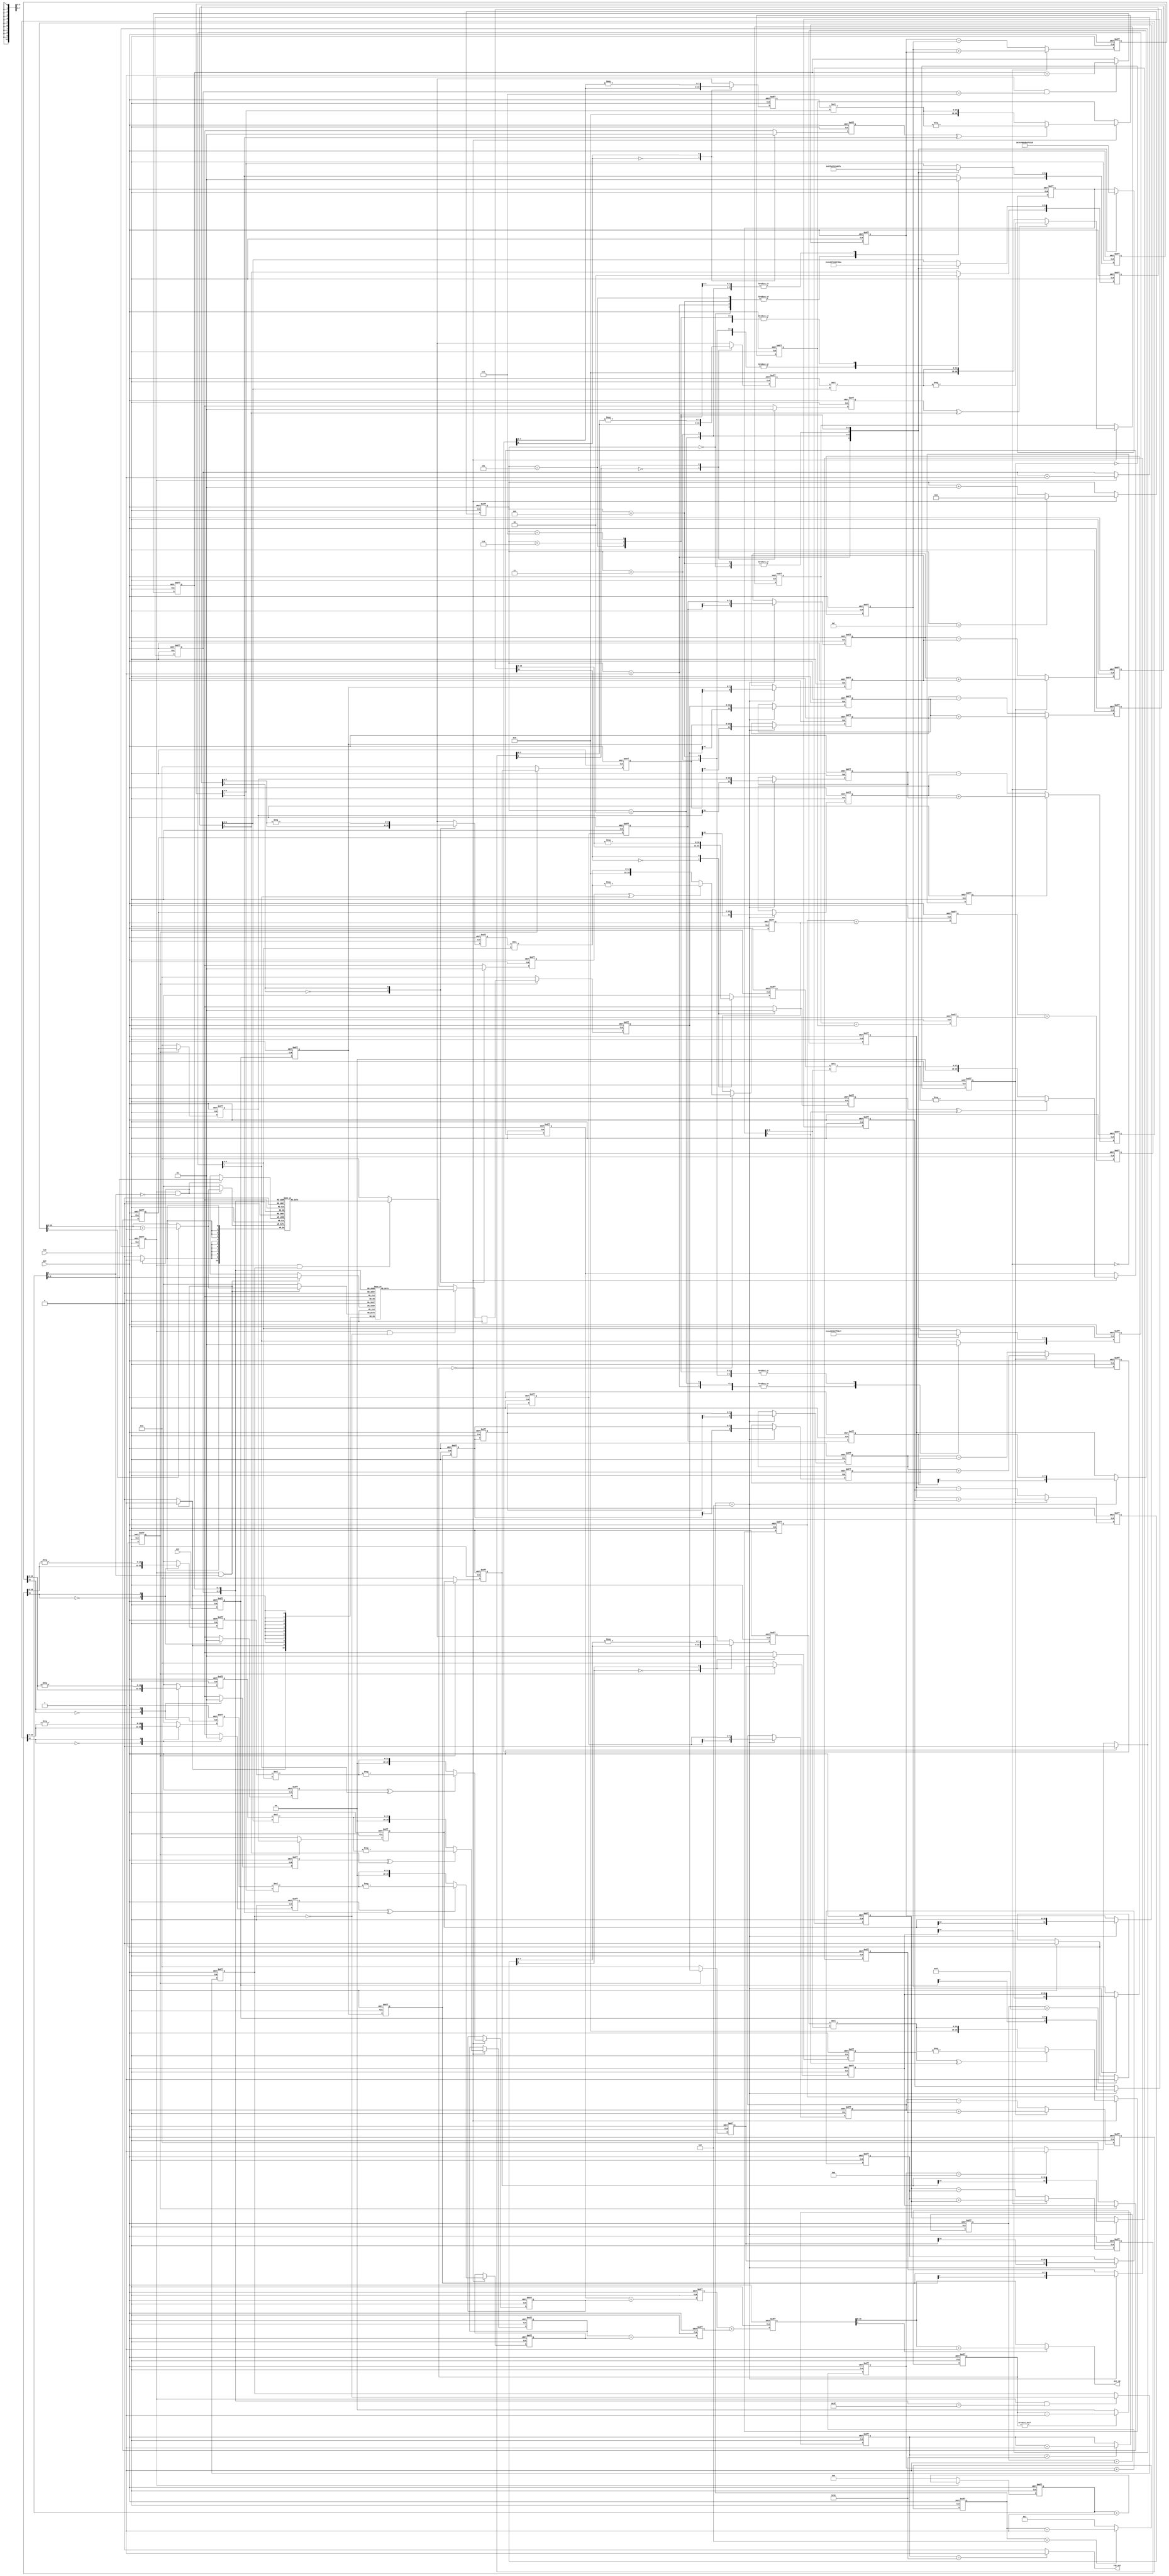

`timescale 1ns/1ps 
 
module dct ( CLK, RST, xin,dct_2d,rdy_out); 
output [11:0] dct_2d; 
input CLK, RST; 
input[7:0] xin; /* input */ 
output rdy_out; 
wire[11:0] dct_2d; 
 
/* constants */ 
 
reg[7:0] memory1a, memory2a, memory3a, memory4a; 
 
/* 1D section */ 
/* The max value of a pixel after processing (to make their expected mean to zero) 
is 127. If all the values in a row are 127, the max value of the product terms 
would be (127*8)*(23170/256) and that of z_out_int would be (127*8)*23170/65536. 
This value divided by 2raised to 16 is equivalent to ignoring the 16 lsb bits of the value */ 
 
reg[7:0] xa0_in, xa1_in, xa2_in, xa3_in, xa4_in, xa5_in, xa6_in, xa7_in; 
reg[8:0] xa0_reg, xa1_reg, xa2_reg, xa3_reg, xa4_reg, xa5_reg, xa6_reg, xa7_reg; 
reg[7:0] addsub1a_comp,addsub2a_comp,addsub3a_comp,addsub4a_comp; 
reg[9:0] add_sub1a,add_sub2a,add_sub3a,add_sub4a; 
reg save_sign1a, save_sign2a, save_sign3a, save_sign4a; 
reg[18:0] p1a,p2a,p3a,p4a; 
wire[35:0] p1a_all,p2a_all,p3a_all,p4a_all; 
reg[1:0] i_wait; 
reg toggleA; 
reg[18:0] z_out_int1,z_out_int2; 
reg[18:0] z_out_int; 
wire[10:0] z_out_rnd; 
wire[10:0] z_out; 
integer indexi; 
 
/* clks and counters */ 
reg[3:0] cntr12 ; 
reg[3:0] cntr8; 
reg[6:0] cntr79; 
reg[6:0] wr_cntr,rd_cntr; 
reg[6:0] cntr92; 
 
/* memory section */ 
reg[10:0] data_out; 
wire en_ram1,en_dct2d; 
reg en_ram1reg,en_dct2d_reg; 
reg[10:0] ram1_mem[63:0],ram2_mem[63:0]; // add the following to infer block RAM in synlpicity 
                                         //    synthesis syn_ramstyle = "block_ram"  //shd be within /*..*/ 
 
/* 2D section */ 
wire[10:0] data_out_final; 
reg[10:0] xb0_in, xb1_in, xb2_in, xb3_in, xb4_in, xb5_in, xb6_in, xb7_in; 
reg[11:0] xb0_reg, xb1_reg, xb2_reg, xb3_reg, xb4_reg, xb5_reg, xb6_reg, xb7_reg; 
reg[11:0] add_sub1b,add_sub2b,add_sub3b,add_sub4b; 
reg[10:0] addsub1b_comp,addsub2b_comp,addsub3b_comp,addsub4b_comp; 
reg save_sign1b, save_sign2b, save_sign3b, save_sign4b; 
reg[19:0] p1b,p2b,p3b,p4b; 
wire[35:0] p1b_all,p2b_all,p3b_all,p4b_all; 
reg toggleB; 
reg[19:0] dct2d_int1,dct2d_int2; 
reg[19:0] dct_2d_int; 
wire[11:0] dct_2d_rnd; 
 
 
/*  1D-DCT BEGIN */ 
 
// store  1D-DCT constant coeeficient values for multipliers */ 
 
always @ (posedge RST or posedge CLK) 
   begin 
   if (RST) 
       begin 
       memory1a <= 8'd0; memory2a <= 8'd0; memory3a <= 8'd0; memory4a <= 8'd0; 
       end 
   else 
       begin 
	     case (indexi) 
         0 : begin memory1a <= 8'd91;  
                   memory2a <= 8'd91;  
                   memory3a <= 8'd91;  
                   memory4a <= 8'd91;end 
         1 : begin memory1a <= 8'd126;  
                   memory2a <= 8'd106;   
                   memory3a <= 8'd71;   
                   memory4a <= 8'd25;end 
         2 : begin memory1a <= 8'd118;  
                   memory2a <= 8'd49;   
                   memory3a[7] <= 1'b1; memory3a[6:0] <= 7'd49;//-8'd49;  
                   memory4a[7] <= 1'b1; memory4a[6:0] <= 7'd118;// end -8'd118;end 
                   end 
         3 : begin memory1a <= 8'd106;  
                   memory2a[7] <= 1'b1; memory2a[6:0] <= 7'd25;//-8'd25;   
                   memory3a[7] <= 1'b1; memory3a[6:0] <= 7'd126;//-8'd126;  
                   memory4a[7] <= 1'b1; memory4a[6:0] <= 7'd71;end//-8'd71;end 
         4 : begin memory1a <= 8'd91;  
                   memory2a[7] <= 1'b1; memory2a[6:0] <= 7'd91;//-8'd91;  
                   memory3a[7] <= 1'b1; memory3a[6:0] <= 7'd91;//-8'd91;  
                   memory4a <= 8'd91;end 
         5 : begin memory1a <= 8'd71;  
                   memory2a[7] <= 1'b1; memory2a[6:0] <= 7'd126;//-8'd126;  
                   memory3a <= 8'd25;    
                   memory4a <= 8'd106;end 
         6 : begin memory1a <= 8'd49;  
                   memory2a[7] <= 1'b1; memory2a[6:0] <= 7'd118;//-8'd118;  
                   memory3a <= 8'd118;   
                   memory4a[7] <= 1'b1; memory4a[6:0] <= 7'd49;end//-8'd49;end 
         7 : begin memory1a <= 8'd25;   
                   memory2a[7] <= 1'b1; memory2a[6:0] <= 7'd71;//-8'd71;  
                   memory3a <= 8'd106;   
                   memory4a[7] <= 1'b1; memory4a[6:0] <= 7'd126;end//-8'd126;end 
       endcase 
      end 
end 
 
 
/* 8-bit input shifted 8 times thru a shift register*/ 
always @ (posedge CLK or posedge RST) 
   begin 
   if (RST) 
       begin 
       xa0_in <= 8'b0; xa1_in <= 8'b0; xa2_in <= 8'b0; xa3_in <= 8'b0; 
       xa4_in <= 8'b0; xa5_in <= 8'b0; xa6_in <= 8'b0; xa7_in <= 8'b0; 
       end 
   else 
       begin 
       xa0_in <= xin; xa1_in <= xa0_in; xa2_in <= xa1_in; xa3_in <= xa2_in; 
       xa4_in <= xa3_in; xa5_in <= xa4_in; xa6_in <= xa5_in; xa7_in <= xa6_in; 
       end 
   end 
 
/* shifted inputs registered every 8th clk (using cntr8)*/ 
 
always @ (posedge CLK or posedge RST) 
   begin 
   if (RST) 
       begin 
       cntr8 <= 4'b0; 
       end 
   else if (cntr8 < 4'b1000) 
       begin 
       cntr8 <= cntr8 + 1; 
       end 
   else  
       begin 
       cntr8 <= 4'b0001; 
       end 
   end 
 
always @ (posedge CLK or posedge RST) 
   begin 
   if (RST) 
       begin 
       xa0_reg <= 9'b0; xa1_reg <= 9'b0; xa2_reg <= 9'b0; xa3_reg <= 9'b0; 
       xa4_reg <= 9'b0; xa5_reg <= 9'b0; xa6_reg <= 9'b0; xa7_reg <= 9'b0; 
       end 
   else if (cntr8 == 4'b1000) 
       begin  
       xa0_reg <= {xa0_in[7],xa0_in}; xa1_reg <= {xa1_in[7],xa1_in};  
       xa2_reg <= {xa2_in[7],xa2_in}; xa3_reg <= {xa3_in[7],xa3_in}; 
       xa4_reg <= {xa4_in[7],xa4_in}; xa5_reg <= {xa5_in[7],xa5_in};  
       xa6_reg <= {xa6_in[7],xa6_in}; xa7_reg <= {xa7_in[7],xa7_in}; 
       end 
   else  
       begin 
       end 
   end 
 
always @ (posedge CLK or posedge RST) 
   begin 
   if (RST) 
       begin 
       toggleA <= 1'b0; 
       end 
   else  
       begin  
       toggleA <= ~toggleA; 
       end 
   end 
 
 
/* adder / subtractor block */ 
 
always @ (posedge CLK or posedge RST) 
   begin 
   if (RST) 
       begin 
       add_sub1a <= 10'b0; add_sub2a <= 10'b0; add_sub3a <= 10'b0; add_sub4a <= 10'b0; 
       end 
   else 
       begin 
       if (toggleA == 1'b1) 
	         begin 
           add_sub1a <= (xa7_reg + xa0_reg);  
           add_sub2a <= (xa6_reg + xa1_reg); 
           add_sub3a <= (xa5_reg + xa2_reg);  
           add_sub4a <= (xa4_reg + xa3_reg); 
           end 
       else if (toggleA == 1'b0) 
	         begin 
	         add_sub1a <= (xa7_reg - xa0_reg);  
           add_sub2a <= (xa6_reg - xa1_reg); 
           add_sub3a <= (xa5_reg - xa2_reg);  
           add_sub4a <= (xa4_reg - xa3_reg); 
	         end 
       end 
   end 
 
/* The above if else statement used to get the add_sub signals can also be implemented  
using the adsu16 library element as follows */ 
 
//ADSU8 adsu8_1 (.A(xa0_reg), .B(xa7_reg), .ADD(toggleA), .CI(1'b0), .S(add_sub1a_all), .OFL(add_sub1a_ofl), .CO(open)); 
//ADSU8 adsu8_2 (.A(xa1_reg), .B(xa6_reg), .ADD(toggleA), .CI(1'b0), .S(add_sub2a_all), .OFL(add_sub1a_ofl), .CO(open)); 
//ADSU8 adsu8_3 (.A(xa2_reg), .B(xa5_reg), .ADD(toggleA), .CI(1'b0), .S(add_sub3a_all), .OFL(add_sub1a_ofl), .CO(open)); 
//ADSU8 adsu8_4 (.A(xa3_reg), .B(xa4_reg), .ADD(toggleA), .CI(1'b0), .S(add_sub4a_all), .OFL(add_sub1a_ofl), .CO(open)); 
/* In addition, Coregen can be used to create adder/subtractor units specific to a particular 
device. The coregen model is then instantiated in the design file. The verilog file from  
coregen can be used along with the design files for simulation and implementation. */ 
 
//add_sub adsu8_1 (.A(xa0_reg), .B(xa7_reg), .ADD(toggleA), .CLK(CLK), .Q(add_sub1a)); 
//add_sub adsu8_2 (.A(xa1_reg), .B(xa6_reg), .ADD(toggleA), .CLK(CLK), .Q(add_sub2a)); 
//add_sub adsu8_3 (.A(xa2_reg), .B(xa5_reg), .ADD(toggleA), .CLK(CLK), .Q(add_sub3a)); 
//add_sub adsu8_4 (.A(xa3_reg), .B(xa4_reg), .ADD(toggleA), .CLK(CLK), .Q(add_sub4a)); 
 
/* multiply the outputs of the add/sub block with the 8 sets of stored coefficients */ 
/* The inputs are shifted thru 8 registers in 8 clk cycles. The ouput of the shift 
registers are registered at the 9th clk. The values are then added or subtracted at the 10th 
clk. The first mutiplier output is obtained at the 11th clk. Memoryx[0] shd be accessed 
at the 11th clk*/ 
 
/*wait state counter */ 
 
always @ (posedge RST or posedge CLK) 
   begin 
   if (RST) 
       begin 
       i_wait <= 2'b01; 
       end 
   else  if (i_wait != 2'b00) 
      begin 
      i_wait  <= i_wait - 1; 
      end 
   else 
      begin 
      i_wait  <= 2'b00; 
      end 
   end 
 
// First valid add_sub appears at the 10th clk (8 clks for shifting inputs, 
// 9th clk for registering shifted input and 10th clk for add_sub 
// to synchronize the i value to the add_sub value, i value is incremented 
// only after 10 clks using i_wait 
/* sign and magnitude separated here. magnitude of 9 bits is stored in *comp */ 
 
always @ (posedge RST or posedge CLK) 
begin 
    if (RST) 
       begin   
         addsub1a_comp <= 9'b0; save_sign1a <= 1'b0; 
       end 
    else  
       begin 
       case (add_sub1a[9]) 
       1'b0: begin  
              addsub1a_comp <= add_sub1a; save_sign1a <= 1'b0;  
              end 
       1'b1: begin  
              addsub1a_comp <= (-add_sub1a) ; save_sign1a <= 1'b1;  
              end  
       endcase 
       end 
end 
 
always @ (posedge RST or posedge CLK) 
begin 
    if (RST) 
       begin   
         addsub2a_comp <= 9'b0; save_sign2a <= 1'b0; 
       end 
    else  
       begin 
       case (add_sub2a[9]) 
       1'b0: begin  
              addsub2a_comp <= add_sub2a; save_sign2a <= 1'b0; 
              end 
       1'b1: begin  
              addsub2a_comp <= (-add_sub2a) ; save_sign2a <= 1'b1;  
              end  
       endcase 
       end 
end 
 
always @ (posedge RST or posedge CLK) 
begin 
    if (RST) 
       begin   
         addsub3a_comp <= 9'b0; save_sign3a <= 1'b0;  
       end 
    else  
       begin 
       case (add_sub3a[9]) 
       1'b0: begin  
              addsub3a_comp <= add_sub3a; save_sign3a <= 1'b0;  
              end 
       1'b1: begin  
              addsub3a_comp <= (-add_sub3a); save_sign3a <= 1'b1;  
              end  
       endcase 
       end 
end 
 
always @ (posedge RST or posedge CLK) 
begin 
    if (RST) 
       begin   
         addsub4a_comp <= 9'b0; save_sign4a <= 1'b0;  
       end 
    else  
       begin 
       case (add_sub4a[9]) 
       1'b0: begin  
              addsub4a_comp <= add_sub4a; save_sign4a <= 1'b0;  
              end 
       1'b1: begin  
              addsub4a_comp <= (-add_sub4a); save_sign4a <= 1'b1;  
              end  
       endcase 
       end 
end 
 
     assign p1a_all = addsub1a_comp * memory1a[6:0];/* 9 bits * 7 bits = 16 bits*/ 
     assign p2a_all = addsub2a_comp * memory2a[6:0]; 
     assign p3a_all = addsub3a_comp * memory3a[6:0]; 
     assign p4a_all = addsub4a_comp * memory4a[6:0]; 
 
/* The following instantiation can be used while targetting Virtex2 */ 
//MULT18X18 mult1a (.A({9'b0,addsub1a_comp}), .B({11'b0,memory1a[6:0]}), .P(p1a_all)); 
//MULT18X18 mult2a (.A({9'b0,addsub2a_comp}), .B({11'b0,memory2a[6:0]}), .P(p2a_all)); 
//MULT18X18 mult3a (.A({9'b0,addsub3a_comp}), .B({11'b0,memory3a[6:0]}), .P(p3a_all)); 
//MULT18X18 mult4a (.A({9'b0,addsub4a_comp}), .B({11'b0,memory4a[6:0]}), .P(p4a_all)); 
 
always @ (posedge RST or posedge CLK) 
  begin 
    if (RST) 
      begin 
        p1a <= 18'b0; p2a <= 18'b0; p3a <= 18'b0; p4a <= 18'b0; indexi<= 7; 
      end /* p*a is extended to one more bit to take into acoount the sign */ 
    else if (i_wait == 2'b00) 
      begin 
    
         
        p1a <= (save_sign1a ^ memory1a[7]) ? (-p1a_all[15:0]) :(p1a_all[15:0]); 
        p2a <= (save_sign2a ^ memory2a[7]) ? (-p2a_all[15:0]) :(p2a_all[15:0]); 
        p3a <= (save_sign3a ^ memory3a[7]) ? (-p3a_all[15:0]) :(p3a_all[15:0]); 
        p4a <= (save_sign4a ^ memory4a[7]) ? (-p4a_all[15:0]) :(p4a_all[15:0]); 
         
 
        if (indexi == 7) 
          indexi <= 0; 
        else 
          indexi <= indexi + 1; 
        end 
  end 
 
 
/*always @ (posedge RST or posedge CLK) 
  begin 
    if (RST) 
      begin 
        p1a <= 19'b0; p2a <= 19'b0; p3a <= 19'b0; p4a <= 19'b0; indexi<= 7; 
      end 
    else if (i_wait == 2'b00) 
      begin 
        p1a <= (save_sign1a ^ memory1a[7]) ? (-addsub1a_comp * memory1a[6:0]) :(addsub1a_comp * memory1a[6:0]); 
        p2a <= (save_sign2a ^ memory2a[7]) ? (-addsub2a_comp * memory2a[6:0]) :(addsub2a_comp * memory2a[6:0]); 
        p3a <= (save_sign3a ^ memory3a[7]) ? (-addsub3a_comp * memory3a[6:0]) :(addsub3a_comp * memory3a[6:0]); 
        p4a <= (save_sign4a ^ memory4a[7]) ? (-addsub4a_comp * memory4a[6:0]) :(addsub4a_comp * memory4a[6:0]); 
        if (indexi == 7) 
          indexi <= 0; 
        else 
          indexi <= indexi + 1; 
      end 
  end*/ 
 
/* Final adder. Adding the ouputs of the 4 multipliers */ 
 
always @ (posedge CLK or posedge RST) 
   begin 
   if (RST) 
       begin 
       z_out_int1 <= 19'b0; z_out_int2 <= 19'b0; z_out_int <= 19'b0; 
       end 
   else 
       begin 
       z_out_int1 <= (p1a + p2a); 
       z_out_int2 <= (p3a + p4a); 
       z_out_int <= (z_out_int1 + z_out_int2); 
       end 
   end 
 
// rounding of the value 
 
assign z_out_rnd = z_out_int[7] ? (z_out_int[18:8] + 1'b1) : z_out_int[18:8]; 
 
/* 1 sign bit, 11 data bit */ 
assign z_out = z_out_rnd; 
 
/* 1D-DCT END */ 
 
/* tranpose memory to store intermediate Z coeeficients */ 
/* store the 64 coeeficients in the first 64 locations of the RAM */ 
/* first valid adder output is at the 15th clk. (input reg + 8 bit SR + add_sub + comp. Signal + reg prod  
+ 2 partial prod adds) So the RAM is enabled at the 15th clk)*/ 
 
always @ (posedge CLK or posedge RST) 
   begin 
   if (RST) 
       begin 
       cntr12 <= 4'b0; 
       end 
   else 
       begin 
       cntr12 <= cntr12 + 1; 
       end 
   end 
 
/* enable RAM at the 14th clk after RST goes inactive */ 
 
assign en_ram1 = RST ? 1'b0 : (cntr12== 4'b1101) ? 1'b1 : en_ram1; 
 
always @ (posedge CLK or posedge RST) 
   begin 
   if (RST) 
       begin 
	   en_ram1reg <= 1'b0; 
       end 
   else 
       begin 
       en_ram1reg <= en_ram1 ; 
       end 
   end 
 
/* After the RAM is enabled, data is written into the RAM1 for 64 clk cycles. Data is written in into 
each consecutive location . After 64 locations are written into, RAM1 goes into read mode and RAM2 goes into 
write mode. The cycle then repeats. 
For either RAM, data is written into each consecutive location. However , data is read in a different order. If data 
is assumed to be written in each row at a time, in an 8x8 matrix, data is read each column at a time. ie., after 
the first data is read out, every eight data is read out . Then the 2nd data is read out followed be every 8th. 
 
the write is as follows: 
1w(ram_locn1) 2w(ram_locn2) 3w(ram_locn3) 4w(ram_locn4) 5w(ram_locn5) 6w(ram_locn6) 7w(ram_locn7) 8w(ram_locn8) 
9w(ram_locn9) 10w(ram_locn10) 11w(ram_locn11) 12w(ram_locn12) 13w(ram_locn13) 14w(ram_locn14) 15w(ram_locn15) 16w(ram_locn16) 
.................. 
57w(ram_locn57) 58w(ram_locn58) 59w(ram_locn59) 60w(ram_locn60) 61w(ram_locn61) 62w(ram_locn62) 63w(ram_locn63) 64w(ram_locn64) 
 
the read is as follows: 
1r(ram_locn1)  9r(ram_locn2) . . . 57r(ram_locn8) 
2r(ram_locn9) 10r(ram_locn10) . . . 58r(ram_locn16)  
3r(ram_locn17) 11r(ram_locn18) . . . 59r(ram_locn24) 
4r(ram_locn25) 12r(ram_locn26) . . . 60r(ram_locn32) 
5r(ram_locn33) 13r(ram_locn34) . . . 61r(ram_locn40) 
6r(ram_locn41) 14r(ram_locn42) . . . 62r(ram_locn48) 
7r(ram_locn49) 15r(ram_locn50) . . . 63r(ram_locn56) 
8r(ram_locn57) 16r(ram_locn58) . . . 64r(ram_locn64) 
 
where "xw" is the xth write and "ram_locnx" is the xth ram location and "xr" is the xth read. Reading  
is advanced by the read counter rd_cntr, nd writing by the write counter wr_cntr. */ 
 
 
always @ (posedge CLK or posedge RST) 
   begin 
   if (RST) 
       begin 
	   rd_cntr[5:3] <= 3'b111; 
       end 
   else 
       begin  
	   if (en_ram1reg == 1'b1) 
	       rd_cntr[5:3] <= rd_cntr[5:3] + 1; 
	   end 
   end 
 
always @ (posedge CLK or posedge RST) 
   begin 
   if (RST) 
       begin 
	   rd_cntr[2:0] <= 3'b111; 
       end 
   else 
       begin  
	   if (en_ram1reg == 1'b1 && rd_cntr[5:3] == 3'b111) 
	       rd_cntr[2:0] <= rd_cntr[2:0] + 1; 
       end 
   end 
 
always @ (posedge CLK or posedge RST) 
   begin 
   if (RST) 
       begin 
	   rd_cntr[6] <= 1'b1; 
       end 
   else 
       begin  
       if (en_ram1reg == 1'b1 && rd_cntr[5:0] == 6'b111111) 
          rd_cntr[6] <= ~rd_cntr[6]; 
       end 
   end 
 
 
always @ (posedge CLK or posedge RST) 
   begin 
   if (RST) 
       begin 
       wr_cntr <= 7'b1111111; 
       end 
   else begin 
       if (en_ram1reg == 1'b1) 
          wr_cntr <= wr_cntr + 1; 
	   else  
	      wr_cntr <= 7'b0; 
       end 
   end 
 
 
initial 
begin 
ram2_mem[0] <= 16'b0; ram2_mem[1] <= 16'b0; ram2_mem[2] <= 16'b0; ram2_mem[3] <= 16'b0; ram2_mem[4] <= 16'b0; 
ram2_mem[5] <= 16'b0; ram2_mem[6] <= 16'b0; ram2_mem[7] <= 16'b0; ram2_mem[8] <= 16'b0; ram2_mem[9] <= 16'b0; 
ram2_mem[10] <= 16'b0; ram2_mem[11] <= 16'b0; ram2_mem[12] <= 16'b0; ram2_mem[13] <= 16'b0; ram2_mem[14] <= 16'b0; 
ram2_mem[15] <= 16'b0; ram2_mem[16] <= 16'b0; ram2_mem[17] <= 16'b0; ram2_mem[18] <= 16'b0; ram2_mem[19] <= 16'b0; 
ram2_mem[20] <= 16'b0; ram2_mem[21] <= 16'b0; ram2_mem[22] <= 16'b0; ram2_mem[23] <= 16'b0; ram2_mem[24] <= 16'b0; 
ram2_mem[25] <= 16'b0; ram2_mem[26] <= 16'b0; ram2_mem[27] <= 16'b0; ram2_mem[28] <= 16'b0; ram2_mem[29] <= 16'b0; 
ram2_mem[30] <= 16'b0; ram2_mem[31] <= 16'b0; ram2_mem[32] <= 16'b0; ram2_mem[33] <= 16'b0; ram2_mem[34] <= 16'b0; 
ram2_mem[35] <= 16'b0; ram2_mem[36] <= 16'b0; ram2_mem[37] <= 16'b0; ram2_mem[38] <= 16'b0; ram2_mem[39] <= 16'b0; 
ram2_mem[40] <= 16'b0; ram2_mem[41] <= 16'b0; ram2_mem[42] <= 16'b0; ram2_mem[43] <= 16'b0; ram2_mem[44] <= 16'b0; 
ram2_mem[45] <= 16'b0; ram2_mem[46] <= 16'b0; ram2_mem[47] <= 16'b0; ram2_mem[48] <= 16'b0; ram2_mem[49] <= 16'b0; 
ram2_mem[50] <= 16'b0; ram2_mem[51] <= 16'b0; ram2_mem[52] <= 16'b0; ram2_mem[53] <= 16'b0; ram2_mem[54] <= 16'b0; 
ram2_mem[55] <= 16'b0; ram2_mem[56] <= 16'b0; ram2_mem[57] <= 16'b0; ram2_mem[58] <= 16'b0; ram2_mem[59] <= 16'b0; 
ram2_mem[60] <= 16'b0; ram2_mem[61] <= 16'b0; ram2_mem[62] <= 16'b0; ram2_mem[63] <= 16'b0; 
  
ram1_mem[0] <= 16'b0; ram1_mem[1] <= 16'b0; ram1_mem[2] <= 16'b0; ram1_mem[3] <= 16'b0; ram1_mem[4] <= 16'b0; 
ram1_mem[5] <= 16'b0; ram1_mem[6] <= 16'b0; ram1_mem[7] <= 16'b0; ram1_mem[8] <= 16'b0; ram1_mem[9] <= 16'b0; 
ram1_mem[10] <= 16'b0; ram1_mem[11] <= 16'b0; ram1_mem[12] <= 16'b0; ram1_mem[13] <= 16'b0; ram1_mem[14] <= 16'b0; 
ram1_mem[15] <= 16'b0; ram1_mem[16] <= 16'b0; ram1_mem[17] <= 16'b0; ram1_mem[18] <= 16'b0; ram1_mem[19] <= 16'b0; 
ram1_mem[20] <= 16'b0; ram1_mem[21] <= 16'b0; ram1_mem[22] <= 16'b0; ram1_mem[23] <= 16'b0; ram1_mem[24] <= 16'b0; 
ram1_mem[25] <= 16'b0; ram1_mem[26] <= 16'b0; ram1_mem[27] <= 16'b0; ram1_mem[28] <= 16'b0; ram1_mem[29] <= 16'b0; 
ram1_mem[30] <= 16'b0; ram1_mem[31] <= 16'b0; ram1_mem[32] <= 16'b0; ram1_mem[33] <= 16'b0; ram1_mem[34] <= 16'b0; 
ram1_mem[35] <= 16'b0; ram1_mem[36] <= 16'b0; ram1_mem[37] <= 16'b0; ram1_mem[38] <= 16'b0; ram1_mem[39] <= 16'b0; 
ram1_mem[40] <= 16'b0; ram1_mem[41] <= 16'b0; ram1_mem[42] <= 16'b0; ram1_mem[43] <= 16'b0; ram1_mem[44] <= 16'b0; 
ram1_mem[45] <= 16'b0; ram1_mem[46] <= 16'b0; ram1_mem[47] <= 16'b0; ram1_mem[48] <= 16'b0; ram1_mem[49] <= 16'b0; 
ram1_mem[50] <= 16'b0; ram1_mem[51] <= 16'b0; ram1_mem[52] <= 16'b0; ram1_mem[53] <= 16'b0; ram1_mem[54] <= 16'b0; 
ram1_mem[55] <= 16'b0; ram1_mem[56] <= 16'b0; ram1_mem[57] <= 16'b0; ram1_mem[58] <= 16'b0; ram1_mem[59] <= 16'b0; 
ram1_mem[60] <= 16'b0; ram1_mem[61] <= 16'b0; ram1_mem[62] <= 16'b0; ram1_mem[63] <= 16'b0; 
  
end 
 
always @ (posedge CLK) 
if (en_ram1reg == 1'b1 && wr_cntr[6] == 1'b0) 
ram1_mem[wr_cntr[5:0]] <= z_out; 
 
 
always @ (posedge CLK) 
if (en_ram1reg == 1'b1 && wr_cntr[6] == 1'b1) 
ram2_mem[wr_cntr[5:0]] <= z_out; 
 
 
always @ (posedge CLK) 
begin 
if (en_ram1reg == 1'b1 && rd_cntr[6] == 1'b0) 
  data_out <= ram2_mem[rd_cntr[5:0]]; 
 
else if (en_ram1reg == 1'b1 && rd_cntr[6] == 1'b1) 
  data_out <= ram1_mem[rd_cntr[5:0]]; 
else data_out <= 11'b0; 
end 
 
 
/* END MEMORY SECTION */ 
 
/* 2D-DCT implementation same as the 1D-DCT implementation */ 
 
/* First dct coeeficient appears at the output of the RAM1 after 
15 + 64 clk cycles. So the 2nd DCT operation starts after 79 clk cycles. */ 
 
always @ (posedge CLK or posedge RST) 
   begin 
   if (RST) 
       begin 
       cntr79 <= 7'b0; 
       end 
   else 
       begin 
       cntr79 <= cntr79 + 1; 
      end 
   end 
 
assign en_dct2d = RST ? 1'b0 : (cntr79 == 7'b1001111) ? 1'b1 : en_dct2d; 
 
always @ (posedge CLK or posedge RST) 
        begin 
          if (RST) 
              begin  en_dct2d_reg <= 1'b0; end 
          else 
              begin  en_dct2d_reg <= en_dct2d ; end 
        end 
 
assign data_out_final[10:0] = data_out; 
 
always @ (posedge CLK or posedge RST ) 
   begin 
   if (RST) 
       begin 
       xb0_in <= 11'b0; xb1_in <= 11'b0; xb2_in <= 11'b0; xb3_in <= 11'b0; 
       xb4_in <= 11'b0; xb5_in <= 11'b0; xb6_in <= 11'b0; xb7_in <= 11'b0; 
       end 
   else if (en_dct2d_reg == 1'b1)  
       begin 
       xb0_in <= data_out_final; xb1_in <= xb0_in; xb2_in <= xb1_in; xb3_in <= xb2_in; 
       xb4_in <= xb3_in; xb5_in <= xb4_in; xb6_in <= xb5_in; xb7_in <= xb6_in; 
       end 
   else if (en_dct2d_reg == 1'b0) 
       begin 
       xb0_in <= 11'b0; xb1_in <= 11'b0; xb2_in <= 11'b0; xb3_in <= 11'b0; 
       xb4_in <= 11'b0; xb5_in <= 11'b0; xb6_in <= 11'b0; xb7_in <= 11'b0; 
       end 
   end 
 
/* register inputs, inputs read in every eighth clk*/ 
 
always @ (posedge CLK or posedge RST) 
   begin 
   if (RST) 
       begin 
       xb0_reg <= 12'b0; xb1_reg <= 12'b0; xb2_reg <= 12'b0; xb3_reg <= 12'b0; 
       xb4_reg <= 12'b0; xb5_reg <= 12'b0; xb6_reg <= 12'b0; xb7_reg <= 12'b0; 
       end 
   else if (cntr8 == 4'b1000) 
       begin 
       xb0_reg <= {xb0_in[10],xb0_in}; xb1_reg <= {xb1_in[10],xb1_in};  
       xb2_reg <= {xb2_in[10],xb2_in}; xb3_reg <= {xb3_in[10],xb3_in}; 
       xb4_reg <= {xb4_in[10],xb4_in}; xb5_reg <= {xb5_in[10],xb5_in};  
       xb6_reg <= {xb6_in[10],xb6_in}; xb7_reg <= {xb7_in[10],xb7_in}; 
       end 
   end 
 
always @ (posedge CLK or posedge RST) 
   begin 
   if (RST) 
       begin 
       toggleB <= 1'b0; 
       end 
   else  
       begin  
       toggleB <= ~toggleB; 
       end 
   end 
 
/* adder / subtractor block */ 
 
always @ (posedge CLK or posedge RST) 
   begin 
   if (RST) 
       begin 
       add_sub1b <= 12'b0; add_sub2b <= 12'b0; add_sub3b <= 12'b0; add_sub4b <= 12'b0; 
       end 
   else 
       begin 
	       if (toggleB == 1'b1) 
	          begin 
            add_sub1b <= (xb0_reg + xb7_reg); add_sub2b <= (xb1_reg + xb6_reg); 
            add_sub3b <= (xb2_reg + xb5_reg); add_sub4b <= (xb3_reg + xb4_reg); 
            end 
	       else if (toggleB == 1'b0) 
	          begin 
	          add_sub1b <= (xb7_reg - xb0_reg); add_sub2b <= (xb6_reg - xb1_reg); 
            add_sub3b <= (xb5_reg - xb2_reg); add_sub4b <= (xb4_reg - xb3_reg); 
	          end 
       end 
   end 
 
always @ (posedge RST or posedge CLK) 
begin 
    if (RST) 
       begin   
         addsub1b_comp <= 11'b0; save_sign1b <= 1'b0; 
       end 
    else  
       begin 
       case (add_sub1b[11]) 
       1'b0: begin  
              addsub1b_comp <= add_sub1b; save_sign1b <= 1'b0;  
              end 
       1'b1: begin  
              addsub1b_comp <= (-add_sub1b) ; save_sign1b <= 1'b1;  
              end  
       endcase 
       end 
end 
 
always @ (posedge RST or posedge CLK) 
begin 
    if (RST) 
       begin   
         addsub2b_comp <= 11'b0; save_sign2b <= 1'b0; 
       end 
    else  
       begin 
       case (add_sub2b[11]) 
       1'b0: begin  
              addsub2b_comp <= add_sub2b; save_sign2b <= 1'b0;  
              end 
       1'b1: begin  
              addsub2b_comp <= (-add_sub2b) ; save_sign2b <= 1'b1;  
              end  
       endcase 
       end 
end 
 
always @ (posedge RST or posedge CLK) 
begin 
    if (RST) 
       begin   
         addsub3b_comp <= 11'b0; save_sign3b <= 1'b0; 
       end 
    else  
       begin 
       case (add_sub3b[11]) 
       1'b0: begin  
              addsub3b_comp <= add_sub3b; save_sign3b <= 1'b0;  
              end 
       1'b1: begin  
              addsub3b_comp <= (-add_sub3b) ; save_sign3b <= 1'b1;  
              end  
       endcase 
       end 
end 
 
always @ (posedge RST or posedge CLK) 
begin 
    if (RST) 
       begin   
         addsub4b_comp <= 11'b0; save_sign4b <= 1'b0; 
       end 
    else  
       begin 
       case (add_sub4b[11]) 
       1'b0: begin  
              addsub4b_comp <= add_sub4b; save_sign4b <= 1'b0;  
              end 
       1'b1: begin  
              addsub4b_comp <= (-add_sub4b) ; save_sign4b <= 1'b1;  
              end  
       endcase 
       end 
end 
 
     assign p1b_all = addsub1b_comp * memory1a[6:0]; 
     assign p2b_all = addsub2b_comp * memory2a[6:0]; 
     assign p3b_all = addsub3b_comp * memory3a[6:0]; 
     assign p4b_all = addsub4b_comp * memory4a[6:0]; 
 
/* The following instantiation can be used while targetting Virtex2 */ 
//MULT18X18 mult1b (.A({9'b0,addsub1b_comp}), .B({11'b0,memory1a[6:0]}), .P(p1b_all)); 
//MULT18X18 mult2b (.A({9'b0,addsub2b_comp}), .B({11'b0,memory2a[6:0]}), .P(p2b_all)); 
//MULT18X18 mult3b (.A({9'b0,addsub3b_comp}), .B({11'b0,memory3a[6:0]}), .P(p3b_all)); 
//MULT18X18 mult4b (.A({9'b0,addsub4b_comp}), .B({11'b0,memory4a[6:0]}), .P(p4b_all)); 
 
always @ (posedge RST or posedge CLK) 
  begin 
    if (RST) 
      begin 
        p1b <= 20'b0; p2b <= 20'b0; p3b <= 20'b0; p4b <= 20'b0;  
      end 
    else if (i_wait == 2'b00) 
      begin 
   
         
        p1b <= (save_sign1b ^ memory1a[7]) ? (-p1b_all[17:0]) :(p1b_all[17:0]); 
        p2b <= (save_sign2b ^ memory2a[7]) ? (-p2b_all[17:0]) :(p2b_all[17:0]); 
        p3b <= (save_sign3b ^ memory3a[7]) ? (-p3b_all[17:0]) :(p3b_all[17:0]); 
        p4b <= (save_sign4b ^ memory4a[7]) ? (-p4b_all[17:0]) :(p4b_all[17:0]); 
        end 
  end 
/*always @ (posedge RST or posedge CLK) 
  begin 
    if (RST) 
      begin 
        p1b <= 16'b0; p2b <= 16'b0; p3b <= 16'b0; p4b <= 16'b0; //indexj<= 7; 
      end 
    else if (i_wait == 2'b00) 
      begin 
        p1b <= (save_sign1b ^ memory1a[7]) ? (-addsub1b_comp * memory1a[6:0]) :(addsub1b_comp * memory1a[6:0]); 
        p2b <= (save_sign2b ^ memory2a[7]) ? (-addsub2b_comp * memory2a[6:0]) :(addsub2b_comp * memory2a[6:0]); 
        p3b <= (save_sign3b ^ memory3a[7]) ? (-addsub3b_comp * memory3a[6:0]) :(addsub3b_comp * memory3a[6:0]); 
        p4b <= (save_sign4b ^ memory4a[7]) ? (-addsub4b_comp * memory4a[6:0]) :(addsub4b_comp * memory4a[6:0]); 
      end 
  end 
 
*/ 
/* The above if else statement used to get the add_sub signals can also be implemented using  the adsu16 library element as follows */ 
 
//ADSU16 adsu16_5 (.A({8'b0,xb0_reg}), .B({8'b0,xb7_reg}), .ADD(toggleB), .CI(1'b0), .S(add_sub1b), .OFL(open), .CO(open)); 
//ADSU16 adsu16_6 (.A({8'b0,xb1_reg}), .B({8'b0,xb6_reg}), .ADD(toggleB), .CI(1'b0), .S(add_sub2b), .OFL(open), .CO(open)); 
//ADSU16 adsu16_7 (.A({8'b0,xb2_reg}), .B({8'b0,xb5_reg}), .ADD(toggleB), .CI(1'b0), .S(add_sub3b), .OFL(open), .CO(open)); 
//ADSU16 adsu16_8 (.A({8'b0,xb3_reg}), .B({8'b0,xb4_reg}), .ADD(toggleB), .CI(1'b0), .S(add_sub4b), .OFL(open), .CO(open)); 
 
/* multiply the outputs of the add/sub block with the 8 sets of stored coefficients */ 
 
/* Final adder. Adding the ouputs of the 4 multipliers */ 
 
always @ (posedge CLK or posedge RST) 
   begin 
   if (RST) 
       begin 
       dct2d_int1 <= 20'b0; dct2d_int2 <= 20'b0; dct_2d_int <= 20'b0; 
       end 
   else 
       begin 
       dct2d_int1 <= (p1b + p2b); 
       dct2d_int2 <= (p3b + p4b); 
       dct_2d_int <= (dct2d_int1 + dct2d_int2); 
       end 
   end 
 
assign dct_2d_rnd = dct_2d_int[19:8]; 
assign dct_2d = dct_2d_int[7] ? (dct_2d_rnd + 1'b1) : dct_2d_rnd; 
 
/* The first 1D-DCT output becomes valid after 14 +64 clk cycles. For the first  
2D-DCT output to be valid it takes 78 + 1clk to write into the ram + 1clk to  
write out of the ram + 8 clks to shift in the 1D-DCT values + 1clk to register  
the 1D-DCT values + 1clk to add/sub + 1clk to take compliment + 1 clk for  
multiplying +  2clks to add product. So the 2D-DCT output will be valid  
at the 94th clk. rdy_out goes high at 93rd clk so that the first data is valid 
for the next block*/ 
 
always @ (posedge CLK or posedge RST) 
   begin 
   if (RST) 
       begin 
       cntr92 <= 8'b0; 
       end 
   else if (cntr92 < 8'b1011110) 
       begin 
       cntr92 <= cntr92 + 1; 
       end 
   else  
       begin 
       cntr92 <= cntr92; 
       end 
   end 
 
assign rdy_out = (cntr92 == 8'b1011110) ? 1'b1 : 1'b0; 
 
endmodule 
//module ADSU8 (A, B, ADD,CI,S,OFL,CO); // synthesis syn_black_box 
/*input[7:0]  A,B; 
input       ADD,CI; 
output[7:0] S; 
output      OFL,CO; 
endmodule*/ 
 
//module MULT18X18 (A, B, P); // synthesis syn_black_box 
/*input[17:0]  A; 
input[17:0]  B; 
output[35:0] P; 
endmodule*/